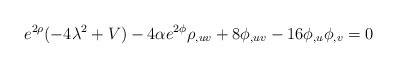
LaTeX: \begin{align*}e^{2\rho}(-4\lambda ^2 +V)-4\alpha e^{2\phi}\rho_{,uv}+8\phi_{,uv}-16\phi_{,u}\phi_{,v}=0 \end{align*}